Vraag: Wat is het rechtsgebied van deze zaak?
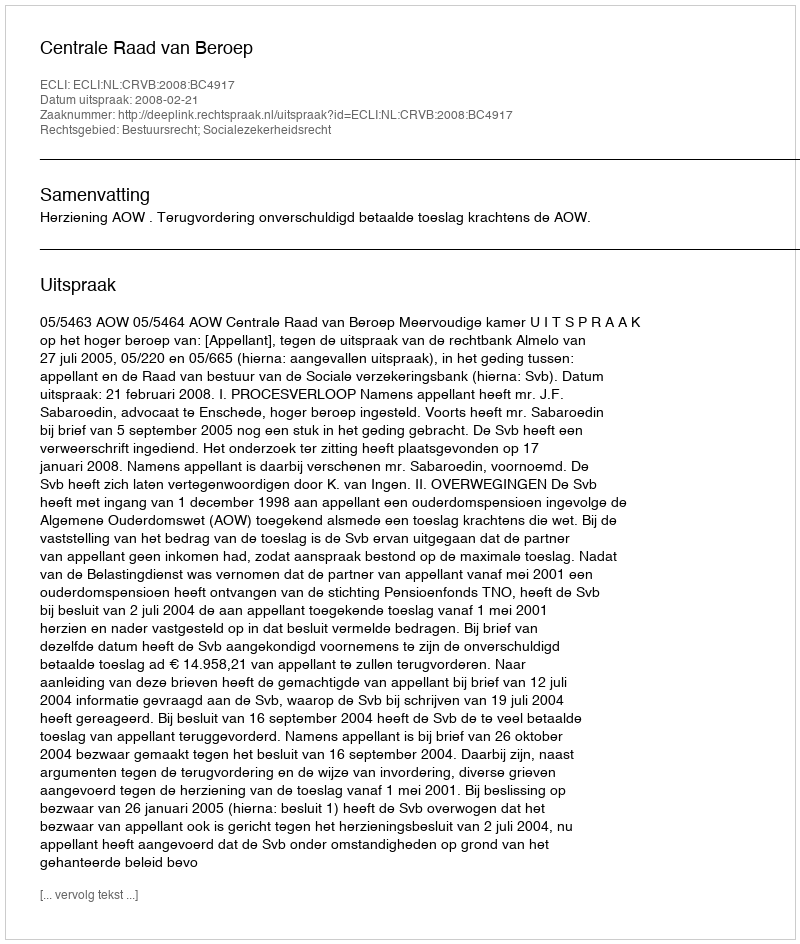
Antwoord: Bestuursrecht; Socialezekerheidsrecht